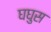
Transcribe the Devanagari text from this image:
घघुस